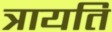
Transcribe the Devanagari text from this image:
त्रायति